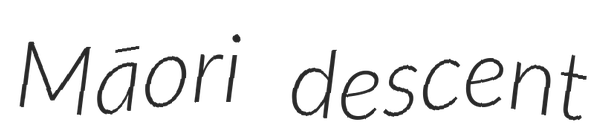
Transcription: Māori descent